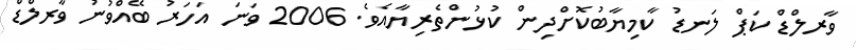
ވާރލްޑް ކަޕް ލަނޑު ކާމިޔާބުކޮށްދިން ކުޅުންތެރިޔާއެވެ. 2006 ވަނަ އަހަރު ބޭއްވުނު ވާރލްޑް